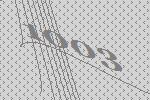
1003